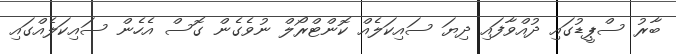
ބާރު ސްޕީޑުގައި ދުއްވާފައި ދިޔަ ސައިކަލެއް ކޮންޓްރޯލް ނުވެގެން ގޮސް އެހެން ސައިކަލެއްގައި